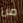
من